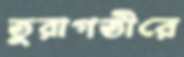
তুরাগতীরে